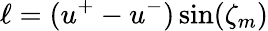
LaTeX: \ell=(u^{+}-u^{-})\sin(\zeta_{m})